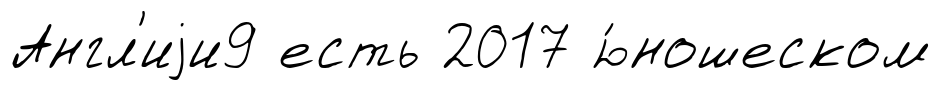
Англ'иjи9 есть 2017 ю́ношеском